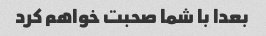
بعدا با شما صحبت خواهم کرد